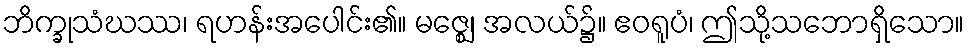
ဘိက္ခုသံဃဿ၊ ရဟန်းအပေါင်း၏။ မဇ္ဈေ၊ အလယ်၌။ ဧဝရူပံ၊ ဤသို့သဘောရှိသော။